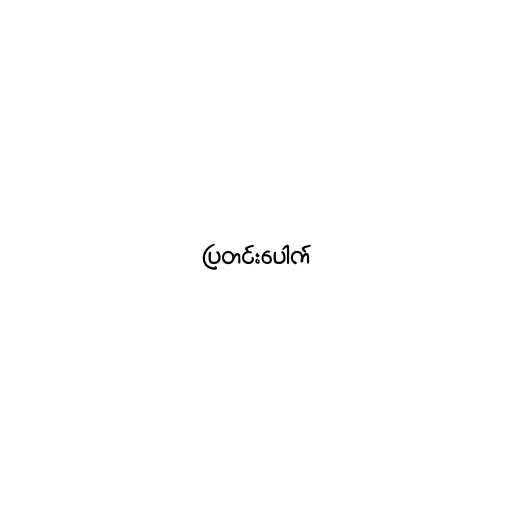
ပြတင်းပေါက်